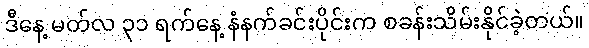
ဒီနေ့ မတ်လ ၃၁ ရက်နေ့ နံနက်ခင်းပိုင်းက စခန်းသိမ်းနိုင်ခဲ့တယ်။